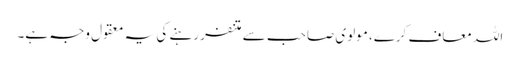
اللہ معاف کرے، مولوی صاحب سے متنفر رہنے کی یہ معقول وجہ ہے۔